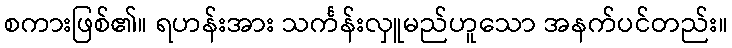
စကားဖြစ်၏။ ရဟန်းအား သင်္ကန်းလှူမည်ဟူသော အနက်ပင်တည်း။